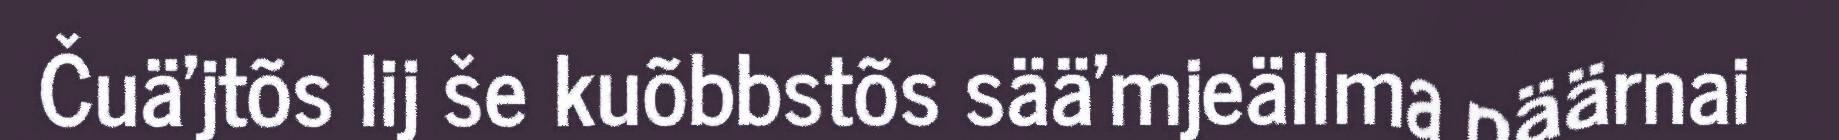
Čuä'jtõs lij še kuõbbstõs sää'mjeällma päärnai